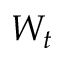
W _ { t }